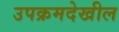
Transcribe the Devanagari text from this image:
उपक्रमदेखील